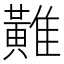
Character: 𪏌